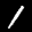
Label: 1